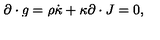
\partial \cdot g = \rho \dot { \kappa } + \kappa \partial \cdot J = 0 ,